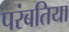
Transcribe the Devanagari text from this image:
परंबतिया